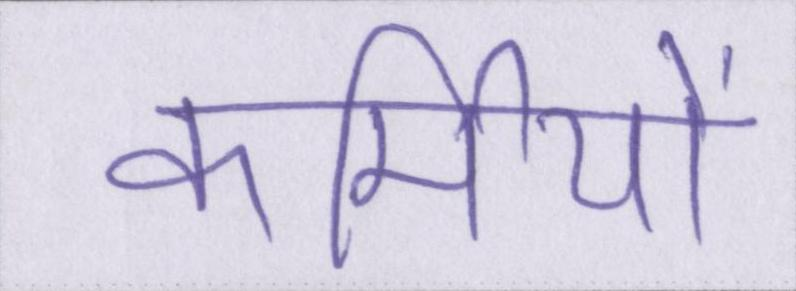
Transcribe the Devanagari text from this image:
कर्मियों